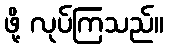
ဖို့ လုပ်ကြသည်။